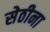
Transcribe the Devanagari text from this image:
सेठीना